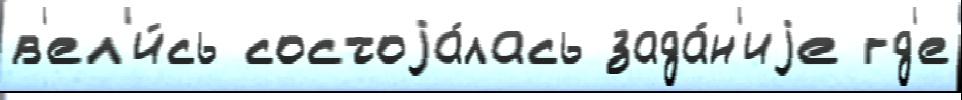
в'ел'и́сь состоjа́лась зада́н'иjе гд'е